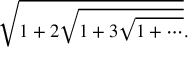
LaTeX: { \sqrt { 1 + 2 { \sqrt { 1 + 3 { \sqrt { 1 + \cdots } } } } } } .